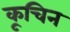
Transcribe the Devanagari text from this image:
कूचिन